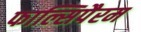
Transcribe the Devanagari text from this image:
फाल्सिपैरम